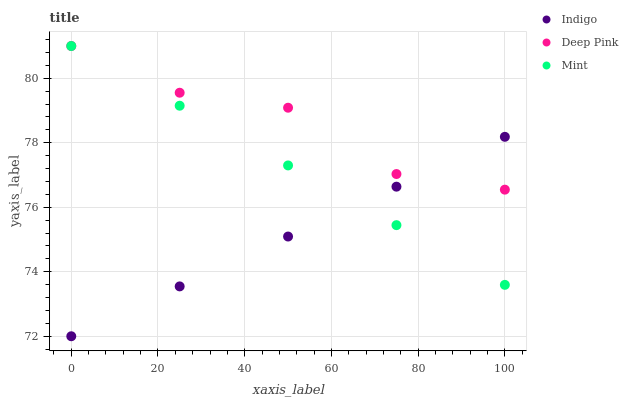
| xaxis_label | Indigo | Deep Pink | Mint |
 | --- | --- | --- | --- |
 | 0 | 72 | 81 | 81 |
 | 25 | 73.5 | 79.6 | 79.1 |
 | 50 | 75.1 | 79.1 | 77.3 |
 | 75 | 76.6 | 77 | 75.4 |
 | 100 | 78.2 | 76.5 | 73.6 |